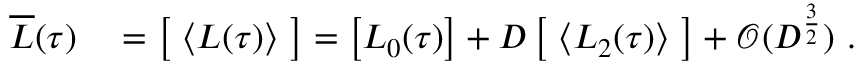
\begin{array} { r l } { \overline { { L } } ( \tau ) } & { { } = \left[ \ \langle L ( \tau ) \rangle \ \right] = \left[ L _ { 0 } ( \tau ) \right] + D \left[ \ \langle L _ { 2 } ( \tau ) \rangle \ \right] + \mathcal { O } ( D ^ { \frac { 3 } { 2 } } ) \ . } \end{array}